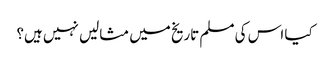
کیا اس کی مسلم تاریخ میں مثالیں نہیں ہیں؟